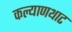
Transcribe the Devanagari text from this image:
कल्याणथाट